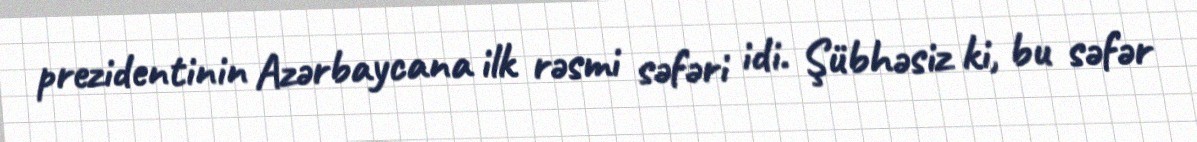
prezidentinin Azərbaycana ilk rəsmi səfəri idi. Şübhəsiz ki, bu səfər